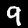
Label: 9